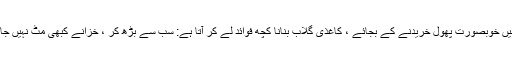
اسٹور میں خوبصورت پھول خریدنے کے بجائے ، کاغذی گلاب بنانا کچھ فوائد لے کر آتا ہے: سب سے بڑھ کر ، خزانے کبھی مٹ نہیں جاتے ہیں۔